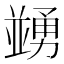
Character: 𠁜